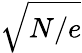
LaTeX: \sqrt{N/e}